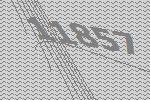
11857